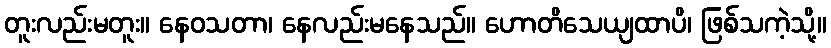
တူးလည်းမတူး။ နေဝသတာ၊ နေလည်းမနေသည်။ ဟောတိသေယျထာပိ၊ ဖြစ်သကဲ့သို့။